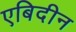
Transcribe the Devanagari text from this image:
एबिदीन